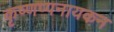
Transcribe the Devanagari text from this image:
कृष्णप्पनायकन